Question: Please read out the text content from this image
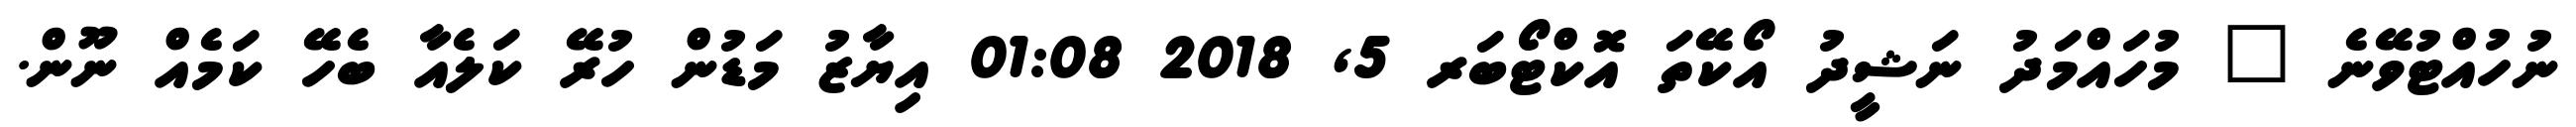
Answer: ނުހުއްޓުވޭނެ " މުހައްމަދު ނަޝީދު އޯކޭތަ އޮކްޓޯބަރ 5, 2018 01:08 އިޔާޒު މަޑުން ހުރޭ ކަލެއާ ބެހޭ ކަމެއް ނޫން.